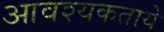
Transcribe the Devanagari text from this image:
आवश्यकताये